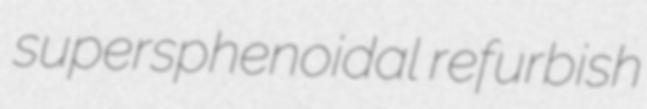
supersphenoidal refurbish